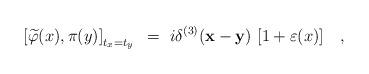
LaTeX: \begin{align*}\left[ \widetilde\varphi(x), \pi(y)\right]_{t_x=t_y} ~=~i\delta^{(3)} ({\bf x-y})~ [1+\varepsilon(x)] \quad , {\phantom {+\eta(y)+\varepsilon(x)~\eta(y) }}\end{align*}